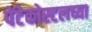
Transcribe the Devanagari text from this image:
पेंटेकोस्टलच्या